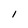
Character: l